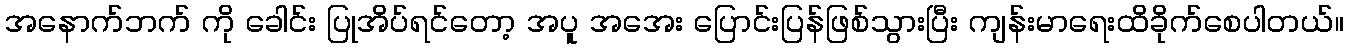
အနောက်ဘက် ကို ခေါင်း ပြုအိပ်ရင်တော့ အပူ အအေး ပြောင်းပြန်ဖြစ်သွားပြီး ကျန်းမာရေးထိခိုက်စေပါတယ်။